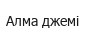
Алма джемі